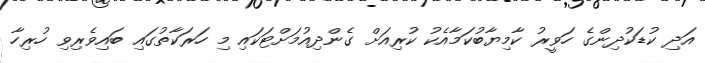
އަދި ކުޑަކުދިންގެ ހަވީރު ކާމިޔާބުކަމާއެކު ކުރިއަށް ގެންދިއުމަށްޓަކައި މި ހަރަކާތުގައި ބައިވެރިވި ހުރިހާ